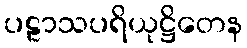
ပဠာသပရိယုဋ္ဌိတေန